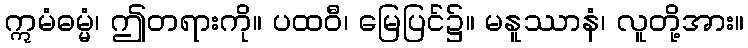
ဣမံဓမ္မံ၊ ဤတရားကို။ ပထဝီ၊ မြေပြင်၌။ မနူဿာနံ၊ လူတို့အား။